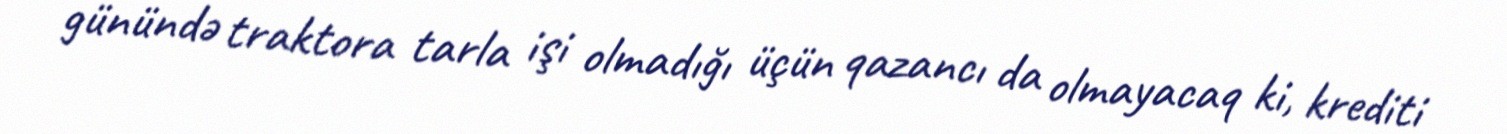
günündə traktora tarla işi olmadığı üçün qazancı da olmayacaq ki, krediti